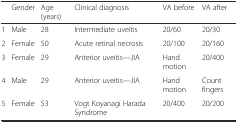
|  | Gender | Age (years) | Clinical diagnosis | VA before | VA after |
 | --- | --- | --- | --- | --- | --- |
 | 1 | Male | 28 | Intermediate uveitis | 20/60 | 20/30 |
 | 2 | Female | 50 | Acute retinal necrosis | 20/100 | 20/160 |
 | 3 | Female | 29 | Anterior uveitis—JIA | Hand motion | 20/400 |
 | 4 | Male | 29 | Anterior uveitis—JIA | Hand motion | Count fingers |
 | 5 | Female | 53 | Vogt Koyanagi Harada Syndrome | 20/400 | 20/200 |